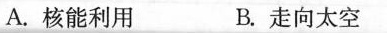
A.核能利用 B.走向太空